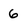
Character: 6